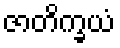
ဇာတိက္ခယံ